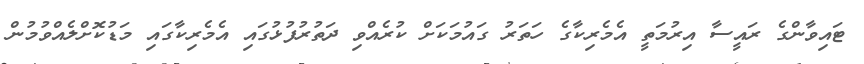
ޓައިވާންގެ ރައީސާ އިރުމަތީ އެމެރިކާގެ ހަތަރު ގައުމަކަށް ކުރެއްވި ދަތުރުފުޅުގައި އެމެރިކާގައި މަޑުކޮށްލެއްވުމުން